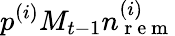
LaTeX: p^{(i)}M_{t-1}n_{\mathrm{~r~e~m~}}^{(i)}